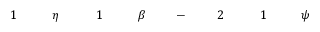
\! \! \! \! \! \! \! \! \! \! \! \psi \! \! \! \! \! \! \! \! \! \! \! \! _ { \! } \! \! \! \! \! \! \! \! \! \! \! 1 \! \! \! \! \! \! \! \! \! \! \! \! ^ { \! } \! \! \! \! \! \! \! \! \! \! \! 2 \! \! \! \! \! \! \! \! \! \! \! \! \! \! \! \! \! \! \! \! \! \! \! \! - \! \! \! \! \! \! \! \! \! \! \! \! \! \! \! \! \! \! \! \! \! \! \! \! \beta \! \! \! \! \! \! \! \! \! \! \! \! _ { \! } \! \! \! \! \! \! \! \! \! \! \! 1 \! \! \! \! \! \! \! \! \! \! \! \! \! \! \! \! \! \! \! \! \! \! \! \! \eta \! \! \! \! \! \! \! \! \! \! \! \! _ { \! } \! \! \! \! \! \! \! \! \! \! \! 1 \! \! \! \! \! \! \! \! \! \! \!